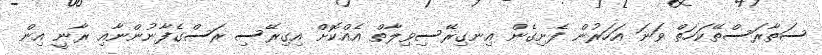
ސަތާރަސްތޭކަހަތް ވަނަ އަހަރުން ފެށިގެން އިނގިރޭސިވިލާތް އެއްކޮށް އިގިރޭސި ރަސްގެފާނުންނާއި ރާނީ އިން